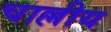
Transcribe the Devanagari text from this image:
चाल्लीय